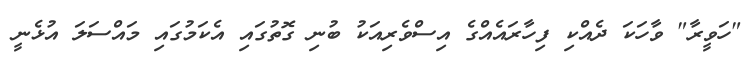
"ހަވީރާ" ވާހަކަ ދެއްކި ފިހާރައެއްގެ އިސްވެރިއަކު ބުނި ގޮތުގައި އެކަމުގައި މައްސަލަ އުޅެނީ